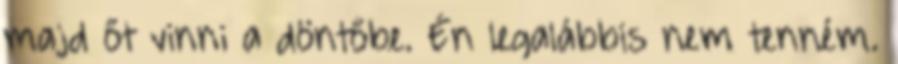
majd őt vinni a döntőbe. Én legalábbis nem tenném.